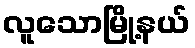
လူသောမြို့နယ်